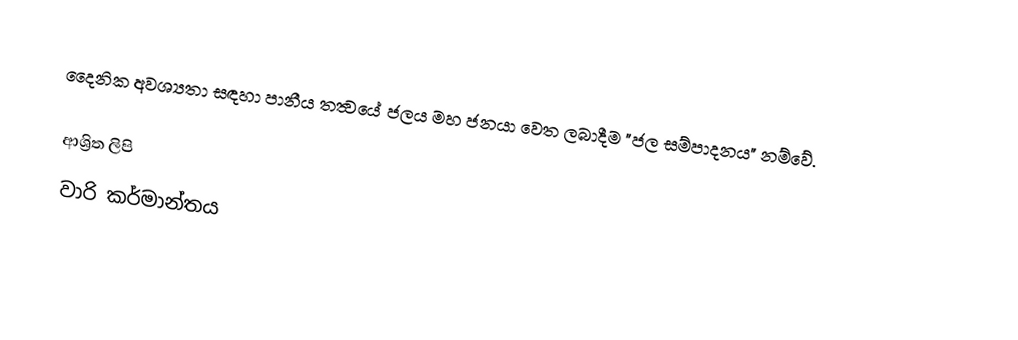
දෛනික අවශ්‍යතා සඳහා පානීය තත්‍වයේ ජලය මහ ජනයා වෙත ලබාදීම "ජල සම්පාදනය" නම්වේ.

ආශ්‍රිත ලිපි
 වාරි කර්මාන්තය